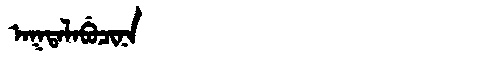
Manchu: ᠠᡴᡨᠠᠯᠠᠪᡠᠴᡳᠨᠠ
Romanization: AKTALABUCINA